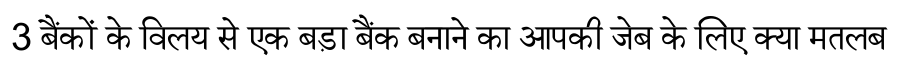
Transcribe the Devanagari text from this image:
3 बैंकों के विलय से एक बड़ा बैंक बनाने का आपकी जेब के लिए क्या मतलब